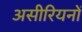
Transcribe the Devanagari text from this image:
असीरियनों